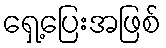
ရှေ့ပြေးအဖြစ်